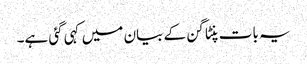
یہ بات پنٹاگن کے بیان میں کہی گئی ہے۔